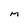
Character: M